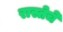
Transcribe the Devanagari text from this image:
रास्तेचे